Annual report of the Bengal Veterinary College and of the Civil Veterinary Department, Bengal, for the year 1920-21 - 1920-1921
Year: 1920
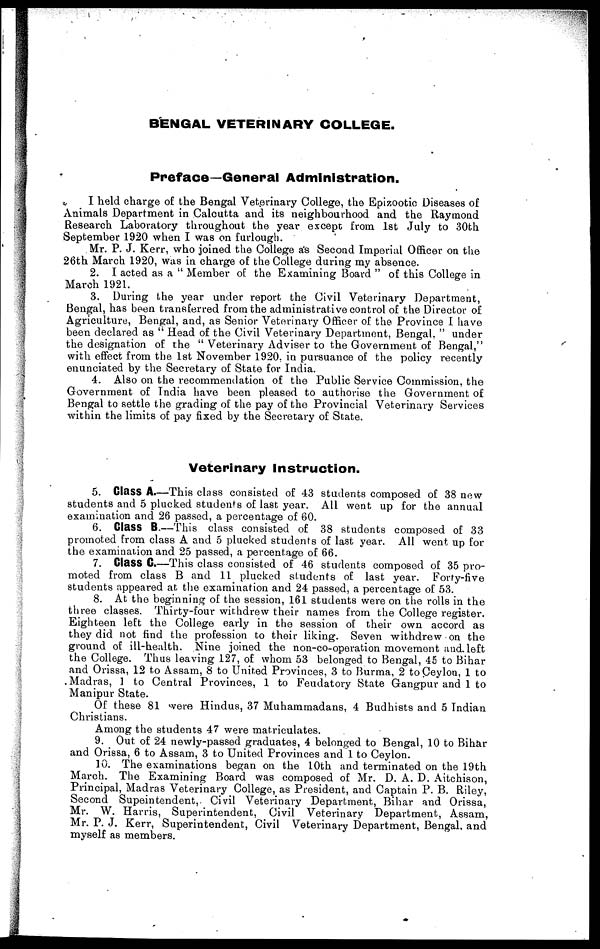
BENGAL VETERINARY COLLEGE.
Preface—General Administration.
I held charge of the Bengal Veterinary College, the Epizootic Diseases of
Animals Department in Calcutta and its neighbourhood and the Raymond
Research Laboratory throughout the year except from 1st July to 30th
September 1920 when I was on furlough.
Mr. P. J. Kerr, who joined the College as Second Imperial Officer on the
26th March 1920, was in charge of the College during my absence.
2. I acted as a "Member of the Examining Board" of this College in
March 1921.
3. During the year under report the Civil Veterinary Department,
Bengal, has been transferred from the administrative control of the Director of
Agriculture, Bengal, and, as Senior Veterinary Officer of the Province I have
been declared as "Head of the Civil Veterinary Department, Bengal," under
the designation of the "Veterinary Adviser to the Government of Bengal,"
with effect from the 1st November 1920. in pursuance of the policy recently
enunciated by the Secretary of State for India.
4. Also on the recommendation of the Public Service Commission, the
Government of India have been pleased to authorise the Government of
Bengal to settle the grading of the pay of the Provincial Veterinary Services
within the limits of pay fixed by the Secretary of State.
Veterinary Instruction.
5. Class A.—This class consisted of 43 students composed of 38 new
students and 5 plucked students of last year. All went up for the annual
examination and 26 passed, a percentage of 60.
6. Class B.—This class consisted of 38 students composed of 33
promoted from class A and 5 plucked students of last year. All went up for
the examination and 25 passed, a percentage of 66.
7. Class C.—This class consisted of 46 students composed of 35 pro-
moted from class B and 11 plucked students of last year.
Forty-five
students appeared at the examination and 24 passed, a percentage of 53.
8. At the beginning of the session, 161 students were on the rolls in the
three classes. Thirty-four withdrew their names from the College register.
Eighteen left the College early in the session of their own accord as
they did not find the profession to their liking. Seven withdrew on the
ground of ill-health. Nine joined the non-co-operation movement and left
the College. Thus leaving 127, of whom 53 belonged to Bengal, 45 to Bihar
and Orissa, 12 to Assam, 8 to United Provinces, 3 to Burma, 2 to Ceylon, 1 to
Madras, 1 to Central Provinces, 1 to Feudatory State Gangpur and 1 to
Manipur State.
Of these 81 were Hindus, 37 Muhammadans, 4 Budhists and 5 Indian
Christians.
Among the students 47 were matriculates.
9. Out of 24 newly-passed graduates, 4 belonged to Bengal, 10 to Bihar
and Orissa, 6 to Assam, 3 to United Provinces and 1 to Ceylon.
10. The examinations began on the 10th and terminated on the 19th
March. The Examining Board was composed of Mr. D. A. D. Aitchison,
Principal, Madras Veterinary College, as President, and Captain P. B. Riley,
Second Supeintendent, Civil Veterinary Department, Bihar and Orissa,
Mr. W. Harris, Superintendent, Civil Veterinary Department, Assam,
Mr. P. J. Kerr, Superintendent, Civil Veterinary Department, Bengal, and
myself as members.